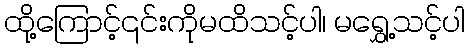
ထို့ကြောင့်၎င်းကိုမထိသင့်ပါ၊ မရွှေ့သင့်ပါ